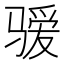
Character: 𱭄